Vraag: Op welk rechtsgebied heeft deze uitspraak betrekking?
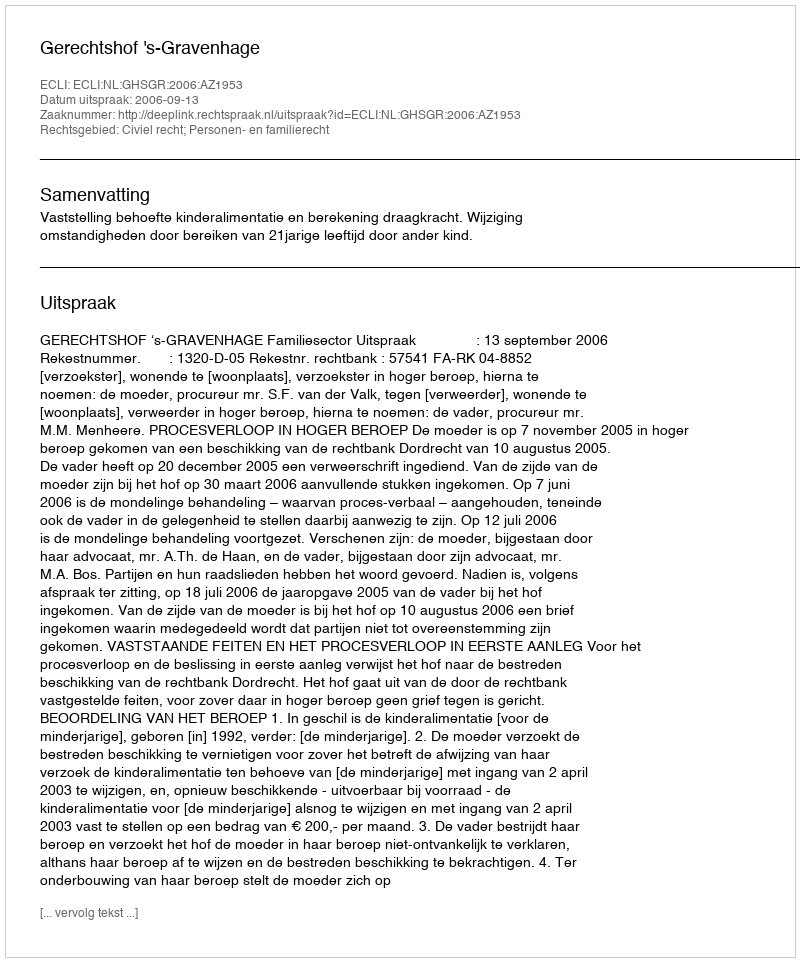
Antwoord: Civiel recht; Personen- en familierecht